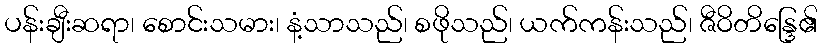
ပန်းချီးဆရာ၊ စောင်းသမား၊ နံ့သာသည်၊ စဖိုသည်၊ ယက်ကန်းသည်၊ ဇီဝိတိန္ဒြေ၏